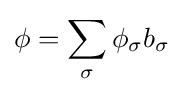
\phi =\sum _{\sigma }\phi _{\sigma }b_{\sigma }